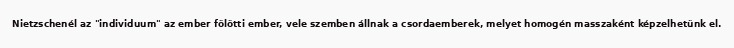
Nietzschenél az "individuum" az ember fölötti ember, vele szemben állnak a csordaemberek, melyet homogén masszaként képzelhetünk el.